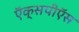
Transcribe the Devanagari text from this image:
ऍक्सपीऍस